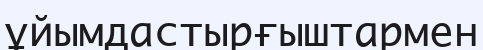
ұйымдастырғыштармен